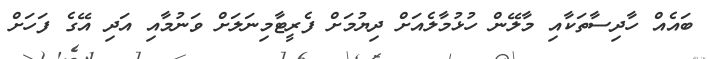
ބައެއް ހާދިސާތަކާއި މާލޭން ހުޅުމާލެއަށް ދިޔުމަށް ފެރީޓާމިނަލަށް ވަނުމާއި އަދި އޭގެ ފަހަށް